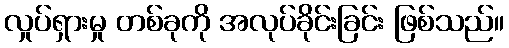
လှုပ်ရှားမှု တစ်ခုကို အလုပ်ခိုင်းခြင်း ဖြစ်သည်။